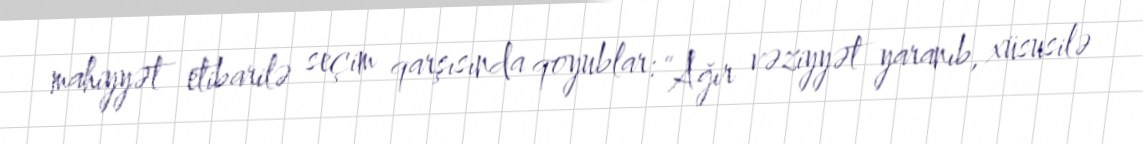
mahiyyət etibarilə seçim qarşısında qoyublar: “Ağır vəziyyət yaranıb, xüsusilə